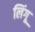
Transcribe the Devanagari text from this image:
लिंगू